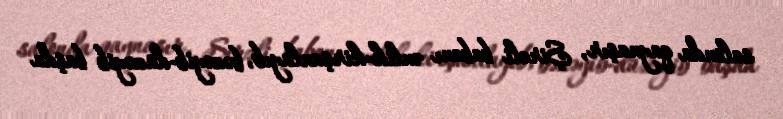
salonda qaynaşır, Şirəli babanı ənlik-kirşanlayıb, bəzəyib-düzəyib başda